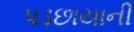
પડછાયાની